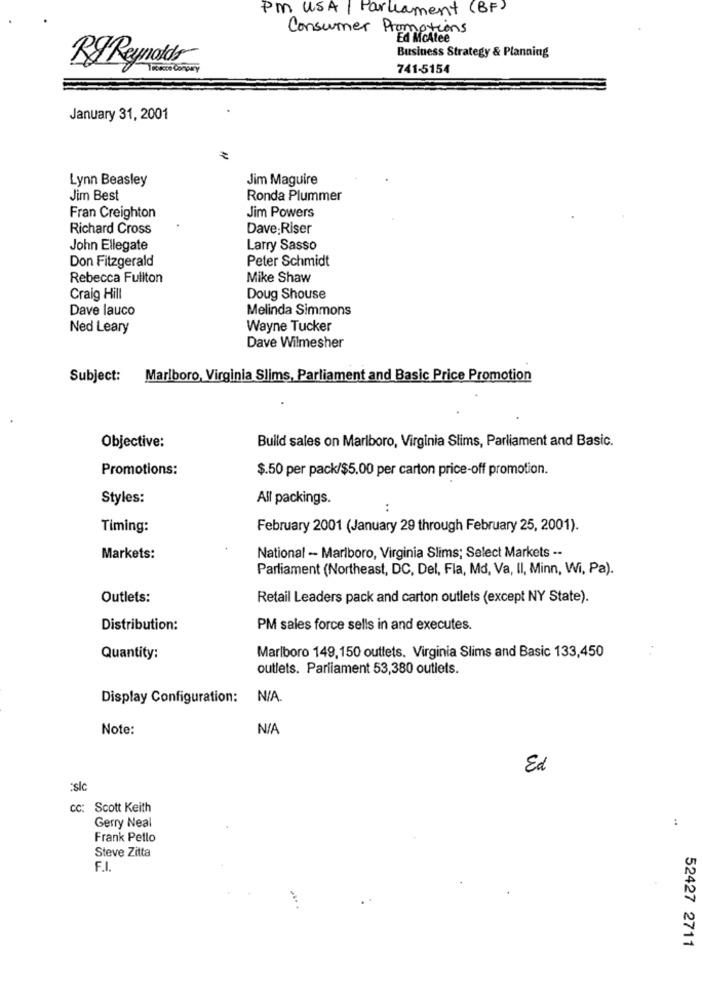
PM USA |Parliament (BF)
Consumer Promotions
Ed McAtee
Business Strategy & Planning
Rg Reynolds
741-5154
January 31, 2001
Lynn Beasley
Jim Maguire
Jim Best
Ronda Plummer
Fran Creighton
Jim Powers
Richard Cross
Dave:Riser
John Ellegate
Larry Sasso
Don Fitzgerald
Peter Schmidt
Rebecca Fullton
Mike Shaw
Craig Hill
Doug Shouse
Dave lauco
Melinda Simmons
Ned Leary
Wayne Tucker
Dave Wilmesher
Subject:
Marlboro, Virginia Slims, Parliament and Basic Price Promotion
Objective:
Build sales on Marlboro, Virginia Slims, Parliament and Basic.
Promotions:
$.50 per pack/$5.00 per carton price-off promotion.
Styles:
All packings.
..
Timing:
February 2001 (January 29 through February 25, 2001).
Markets:
National - Marlboro, Virginia Slims; Select Markets --
Parliament (Northeast, DC, Del, Fla, Md, Va, Il, Minn, Wi, Pa).
Outlets:
Retail Leaders pack and carton outlets (except NY State).
Distribution:
PM sales force sells in and executes.
Marlboro 149,150 outlets. Virginia Slims and Basic 133,450
Quantity:
outlets. Parliament 53,380 outlets.
Display Configuration:
Note:
Ed
:slc
CC: Scott Keith
Gerry Neal
:
Frank Pello
Steve Zitta
F.I.
52427 2711